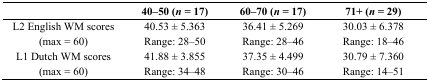
|  | 40–50 (n = 17) | 60–70 (n = 17) | 71+ (n = 29) |
 | --- | --- | --- | --- |
 | L2 English WM scores (max = 60) | 40.53 ± 5.363 Range: 28–50 | 36.41 ± 5.269 Range: 28–46 | 30.03 ± 6.378 Range: 18–46 |
 | L1 Dutch WM scores (max = 60) | 41.88 ± 3.855 Range: 34–48 | 37.35 ± 4.499 Range: 30–46 | 30.79 ± 7.360 Range: 14–51 |